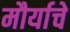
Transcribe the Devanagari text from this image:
मौर्याचे